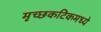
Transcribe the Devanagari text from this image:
मृच्छकटिकमध्ये